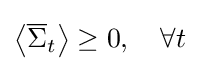
\left\langle {{\overline {\Sigma }}_{t}}\right\rangle \geq 0,\quad \forall t